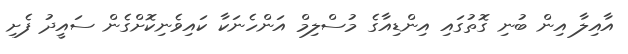
އާއިލާ އިން ބުނި ގޮތުގައި އިންޑިއާގެ މުސްލިމް އަންހެނަކާ ކައިވެނިކޮށްގެން ސައީދު ފެށި